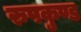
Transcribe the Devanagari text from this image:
रुपकुण्ड